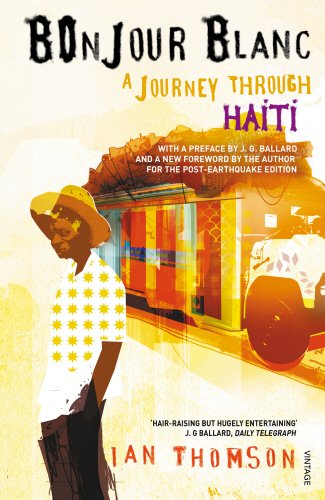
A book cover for Bonjour Blanc: A Journey Through Haiti; Ian Thomson; Travel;